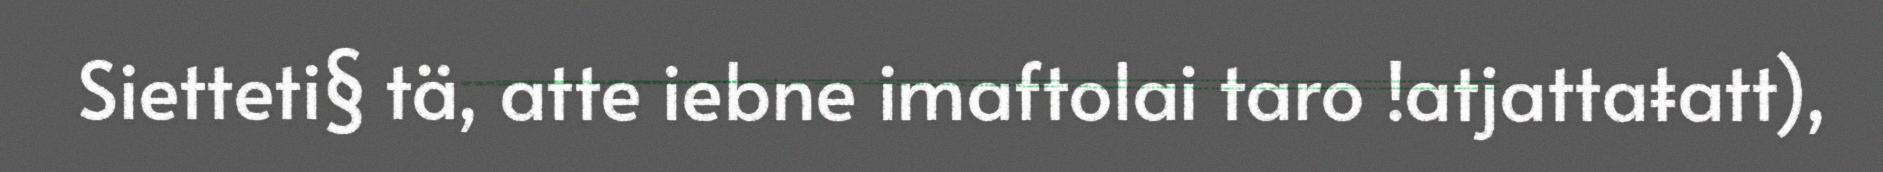
Sietteti§ tä, atte iebne imaftolai taro !atjattaŧatt),